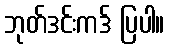
ဘုတ်ဒင်းကဒ် ပြပါ။